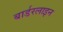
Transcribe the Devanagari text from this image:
बार्डरलाइन